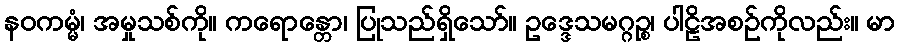
နဝကမ္မံ၊ အမှုသစ်ကို။ ကရောန္တော၊ ပြုသည်ရှိသော်။ ဥဒ္ဒေသမဂ္ဂဉ္စ၊ ပါဠိအစဉ်ကိုလည်း။ မာ